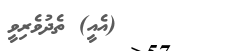
(އެއީ) ތެދުވެރިވީ